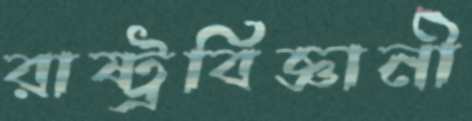
রাষ্ট্রবিজ্ঞানী